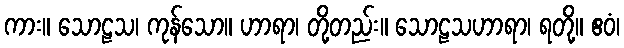
ကား။ သောဠသ၊ ကုန်သော။ ဟာရာ၊ တို့တည်း။ သောဠသဟာရာ၊ ရတို့။ ဧဝံ၊